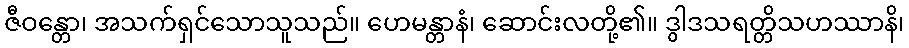
ဇီဝန္တော၊ အသက်ရှင်သောသူသည်။ ဟေမန္တာနံ၊ ဆောင်းလတို့၏။ ဒွါဒသရတ္တိသဟဿာနိ၊